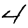
Digit: 4